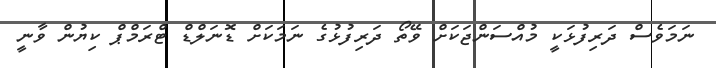
ނަމަވެސް ދަރިފުޅަކީ މުއްސަންޖަކަށް ވޭތޯ ދަރިފުޅުގެ ނަމަކަށް ޑޮނަލްޑް ޓްރަމްޕް ކިޔުން ވާނީ